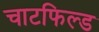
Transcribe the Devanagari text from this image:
चाटफिल्ड